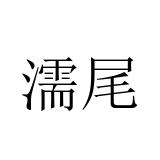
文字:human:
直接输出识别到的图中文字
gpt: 濡尾